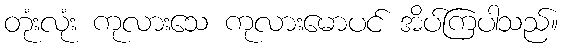
တုံးလုံး ကုလားသေ ကုလားမောပင် အိပ်ကြပါသည်။